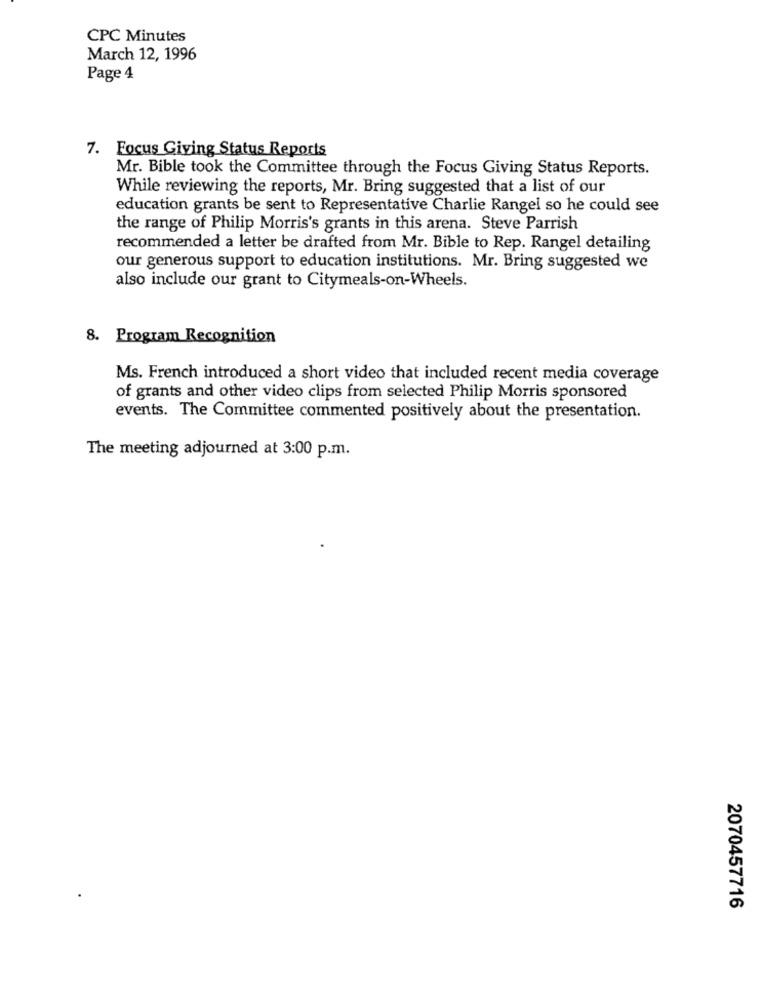
CPC Minutes
March 12, 1996
Page 4
7. Focus Giving Status Reports
Mr. Bible took the Committee through the Focus Giving Status Reports.
While reviewing the reports, Mr. Bring suggested that a list of our
education grants be sent to Representative Charlie Rangel so he could see
the range of Philip Morris's grants in this arena. Steve Parrish
recommended a letter be drafted from Mr. Bible to Rep. Rangel detailing
our generous support to education institutions. Mr. Bring suggested we
also include our grant to Citymeals-on-Wheels.
8. Program Recognition
Ms. French introduced a short video that included recent media coverage
of grants and other video clips from selected Philip Morris sponsored
events. The Committee commented positively about the presentation.
The meeting adjourned at 3:00 p.m.
2070457716